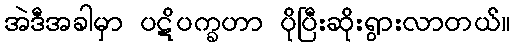
အဲဒီအခါမှာ ပဋိပက္ခဟာ ပိုပြီးဆိုးရွားလာတယ်။